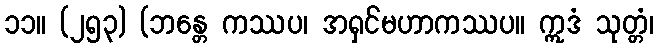
၁၁။ (၂၅၃) (ဘန္တေ ကဿပ၊ အရှင်မဟာကဿပ။ ဣဒံ သုတ္တံ၊